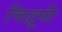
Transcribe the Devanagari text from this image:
चिद्रूपी